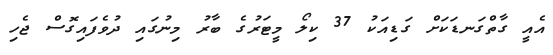
އެއީ ގާތްގަނޑަކަށް ގަޑިއަކު 37 ކިލޯ މީޓަރުގެ ބާރު މިނުގައި ދުވެފައިގޮސް ޖެހި